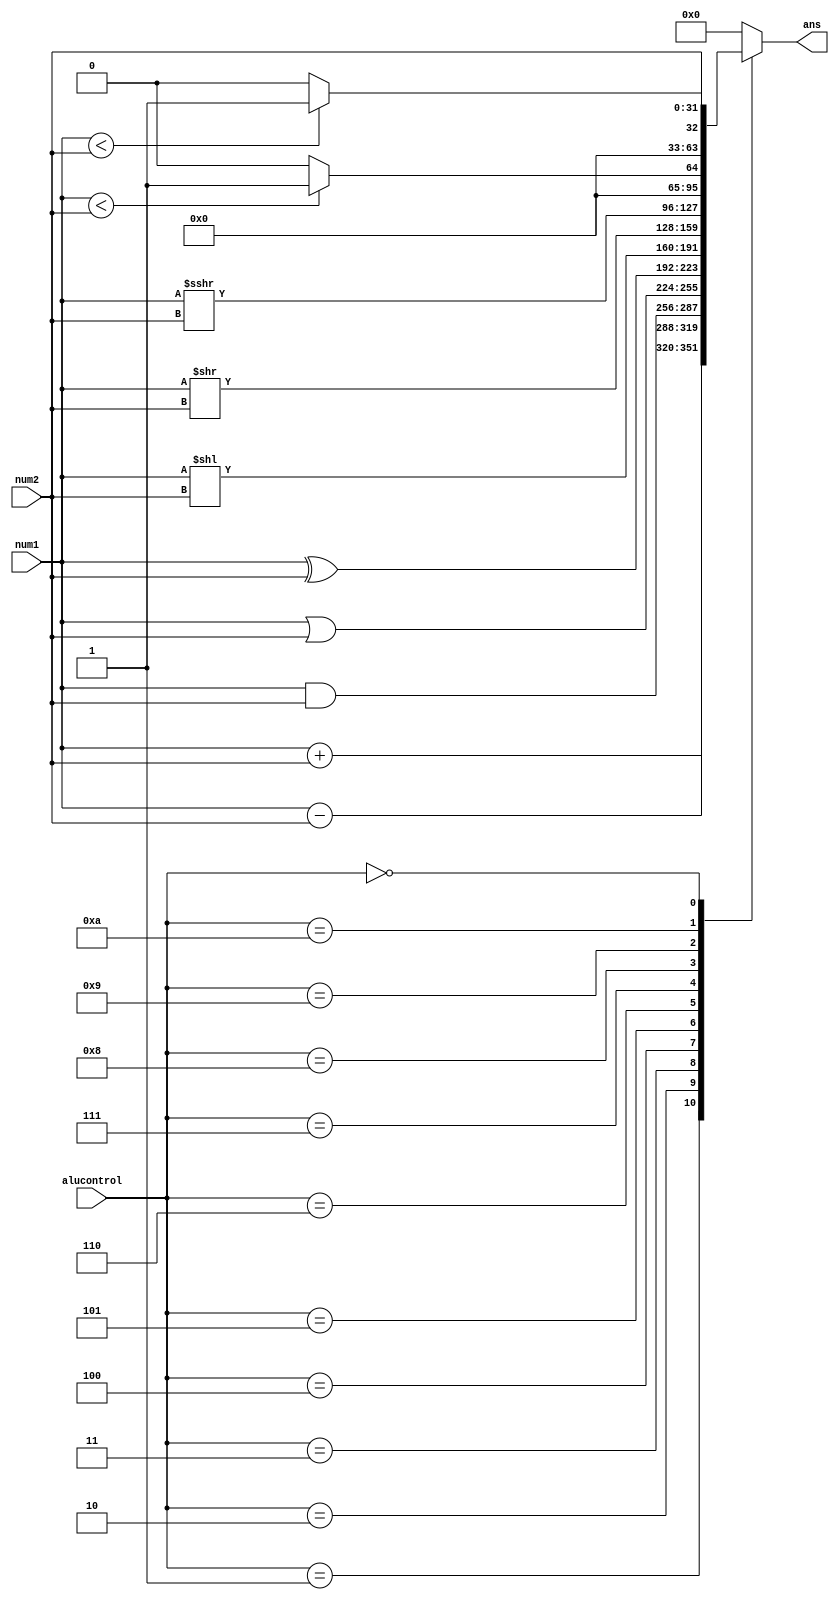
`timescale 1ns / 1ps


module ALU(
    input [31:0]num1,//rs1
    input [31:0]num2,//rs2
    input [3:0]alucontrol,
    output reg [31:0]ans
    );
    wire signed [31:0]r1 = num1;
    wire signed [31:0]r2 = num2;
    always@(*)begin
        case(alucontrol)
            4'b0001:begin
                ans<=num1+num2;
            end
            4'b0010:begin
                ans<=num1-num2;
            end
            4'b0011:begin
                ans<=num1&num2;
            end
            4'b0100:begin
                ans<=num1|num2;
            end
            4'b0101:begin
                ans<=num1^num2;
            end
            4'b0110:begin
                ans<=num1<<num2;
            end
            4'b0111:begin
                ans<=num1>>num2;
            end
            4'b1000:begin
                ans<=$signed(num1)>>>num2;
            end
            4'b1001:begin
                ans<=(num1<num2)?32'b1:32'b0;
            end
            4'b1010:begin
                ans<=(r1<r2)?32'b1:32'b0;
            end
            4'b0000:begin
                ans<=num2; //lui
            end
            default:begin
                ans<=32'b0;
            end
        endcase
    end
endmodule